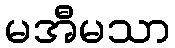
မအီမသာ